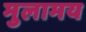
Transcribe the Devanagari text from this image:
मुलामय